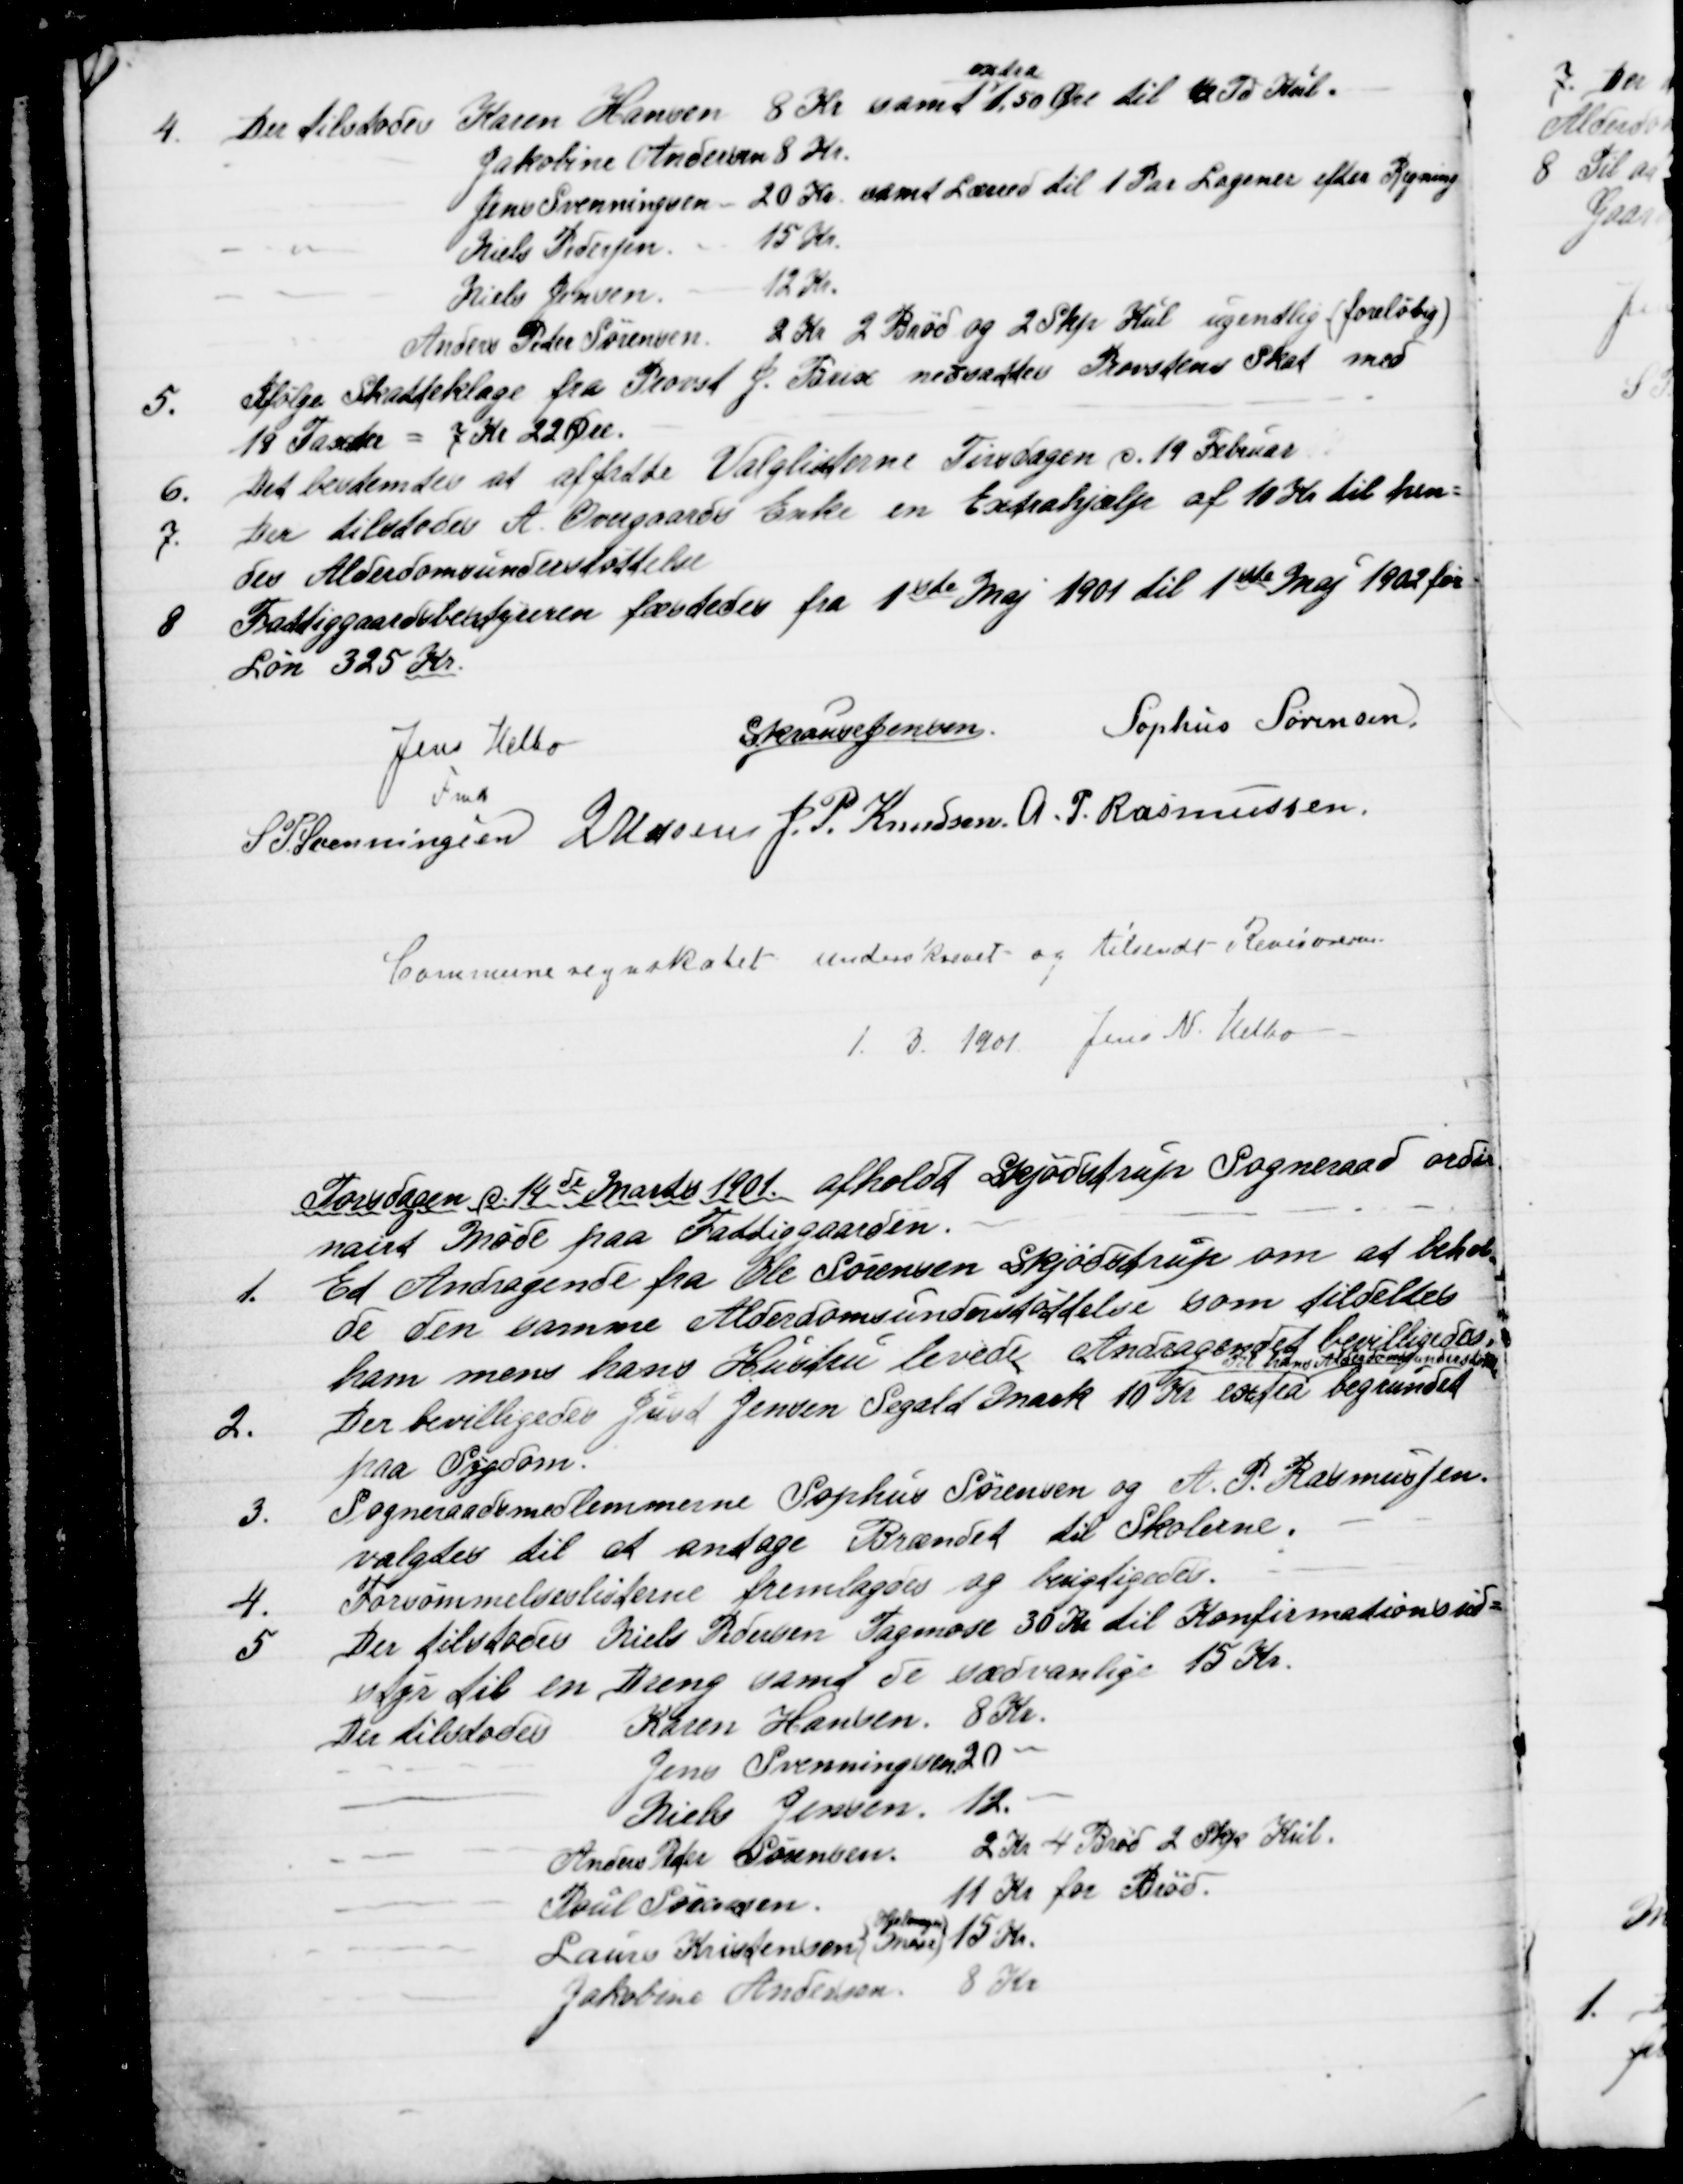
Transskription:
4. Der tilstodes Karen Hansen 8 Kr samt 
extra
1,50 Øre til ½ Td Kul.
Jakobine Andersen 8 Kr.
Jens Svenningsen - 20 Kr. samt Lærred til et Par Lagener efter Regning.
Niels Pedersen 
15 Kr.
Niels Jensen 
12 Kr.
Anders Peder Sørensen 2 Kr. 2 Brød og  2 Skp Kul ugentlig (foreløbig)
5.  Ifølge Skatteklage fra Provst J. Brix nedsattes Provstens Skat med
18 Taxter = 7 Kr. 22 Øre.
6.  Det bestemtes at affatte Valglisterne Tirsdagen d. 19 Februar.
7.  Der tilstodes A. Overgaards Enke en Extrahjælp af 10 Kr. til hen=
des Aldersomsunderstøttelse.
8 Fattiggaardsbestyreren fæstedes fra 1ste Maj 1901 til 1ste Maj 1902 for
Løn 325 Kr.
Jens Helbo
Fmd
S. Krause Jensen.
Sophus Sørensen.
S P. Svenningsen
J Udsen
J. P. Knudsen.
A. P. Rasmussen.

Communeregnskabet underskrevet og tilsendt Revisorerne.
1. 3. 1901 Jens N. Helbo

Torsdagen d. 14de Marts 1901 afholdt Skjødstrup Sogneraad ordi
nairt Møde paa Fattiggaarden.
1. Et Andragende fra Ole Sørensen Skjødstrup om at behol
=
de den samme Alderdomsunderstøttelse som tildeltes 
ham mens hans Hustru levede. Andragendet bevilgedes.
2. Der bevilligedes Just Jensen Segalt Mark 10 Kr extra
til hans Alderdomsunderstøttelse
begrundet
paa Sygdom.
3. Sogneraadsmedlemmerne Sophus Sørensen og A. P. Rasmussen
valgtes til at antage Brændet til Skolerne.
4. Forsømmelseslisterne fremlagdes og berigtigedes.
5. Der tilstodes Niels Pedersen Tagmose 30 Kr. til Konfirmationsud=
styr til en Dreng samt de sædvanlige 15 Kr.
Der tilstodes Karen Hansen 8 Kr. 
Jens Svenningsen 20 "
Niels Jensen 12. "
Anders Peder Sørensen 2 Kr. 4 Brød 2 Skp Kul.
Poul Sørensen
11 Kr for Brød.
Laurs Kristensen 
Hjelmager
Mark 
15 Kr.
Jakobine Andersen 8 Kr.